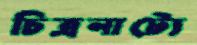
চিত্রনাট্যে